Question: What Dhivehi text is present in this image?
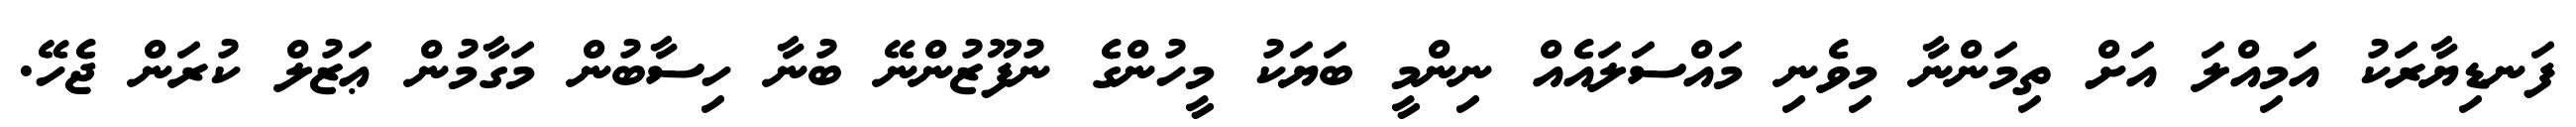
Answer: ފަނޑިޔާރަކު އަމިއްލަ އަށް ތިމަންނާ މިވެނި މައްސަލައެއް ނިންމީ ބަޔަކު މީހުންގެ ނުފޫޒުންނޭ ބުނާ ހިސާބުން މަގާމުން ޢަޒުލް ކުރަން ޖެހޭ.